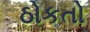
ઠોકતો